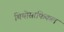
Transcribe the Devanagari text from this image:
थियोसाफिकल